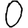
Digit: 0